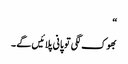
“
بھوک لگی تو پانی پلائیں گے ۔